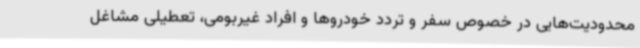
محدودیت‌هایی در خصوص سفر و تردد خودروها و افراد غیربومی، تعطیلی مشاغل